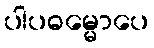
ပါပဓမ္မောပေ